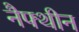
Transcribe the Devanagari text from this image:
नैफ्थीन